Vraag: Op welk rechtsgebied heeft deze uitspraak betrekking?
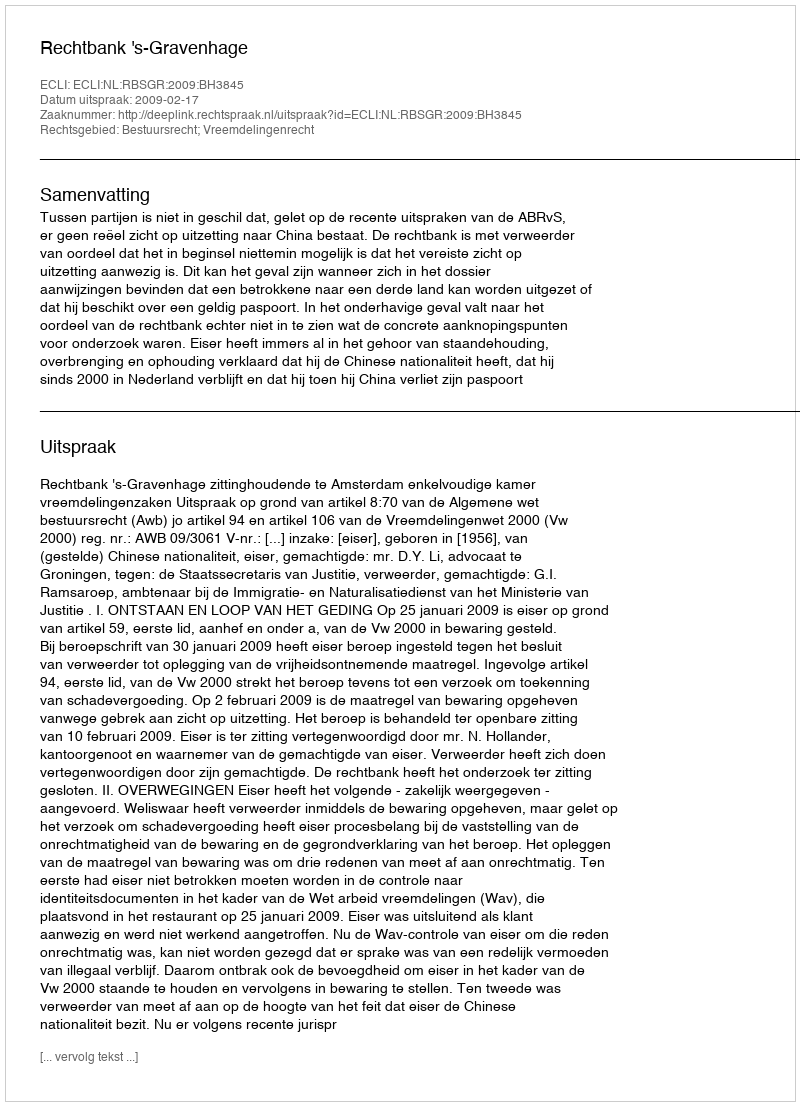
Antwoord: Bestuursrecht; Vreemdelingenrecht